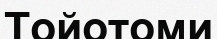
Тойотоми